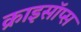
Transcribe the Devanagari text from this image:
क्राइसॉप्स